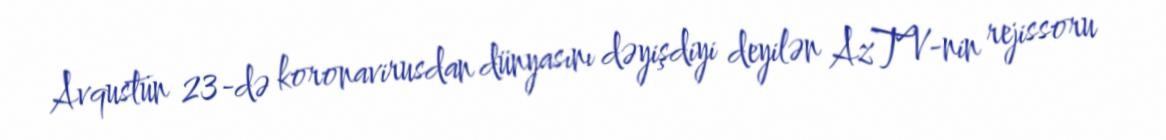
Avqustun 23-də koronavirusdan dünyasını dəyişdiyi deyilən AzTV-nin rejissoru